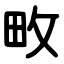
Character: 畋